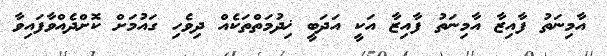
އާމިނަތު ފާއިޒާ އާމިނަތު ފާއިޒާ އަކީ އަދަބީ ޚިދުމަތްތަކެއް ދިވެހި ގައުމަށް ކޮށްދެއްވާފައިވާ